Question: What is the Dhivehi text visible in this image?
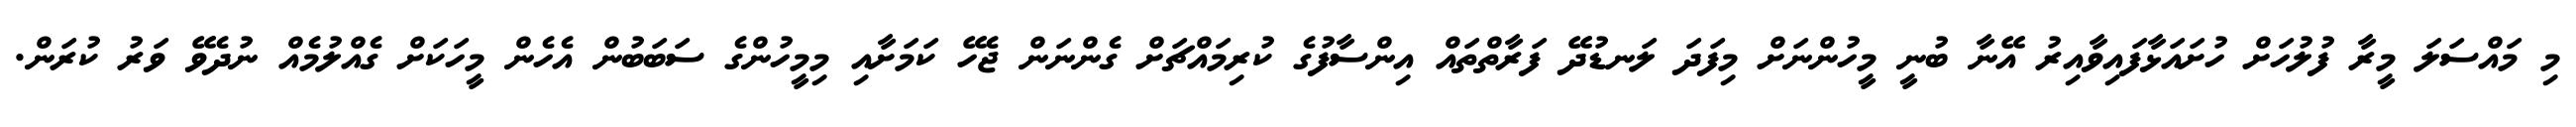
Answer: މި މައްސަލަ މީރާ ފުލުހަށް ހުށައަޅާފައިވާއިރު އޭނާ ބުނީ މީހުންނަށް މިފަދަ ލަނޑުދޭ ފަރާތްތައް އިންސާފުގެ ކުރިމައްޗަށް ގެންނަން ޖެހޭ ކަމަށާއި މިމީހުންގެ ސަބަބުން އެހެން މީހަކަށް ގެއްލުމެއް ނުދެވޭ ވަރު ކުރަން.